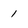
Character: 1